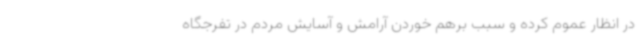
در انظار عموم کرده و سبب برهم خوردن آرامش و آسایش مردم در تفرجگاه